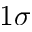
1 \sigma